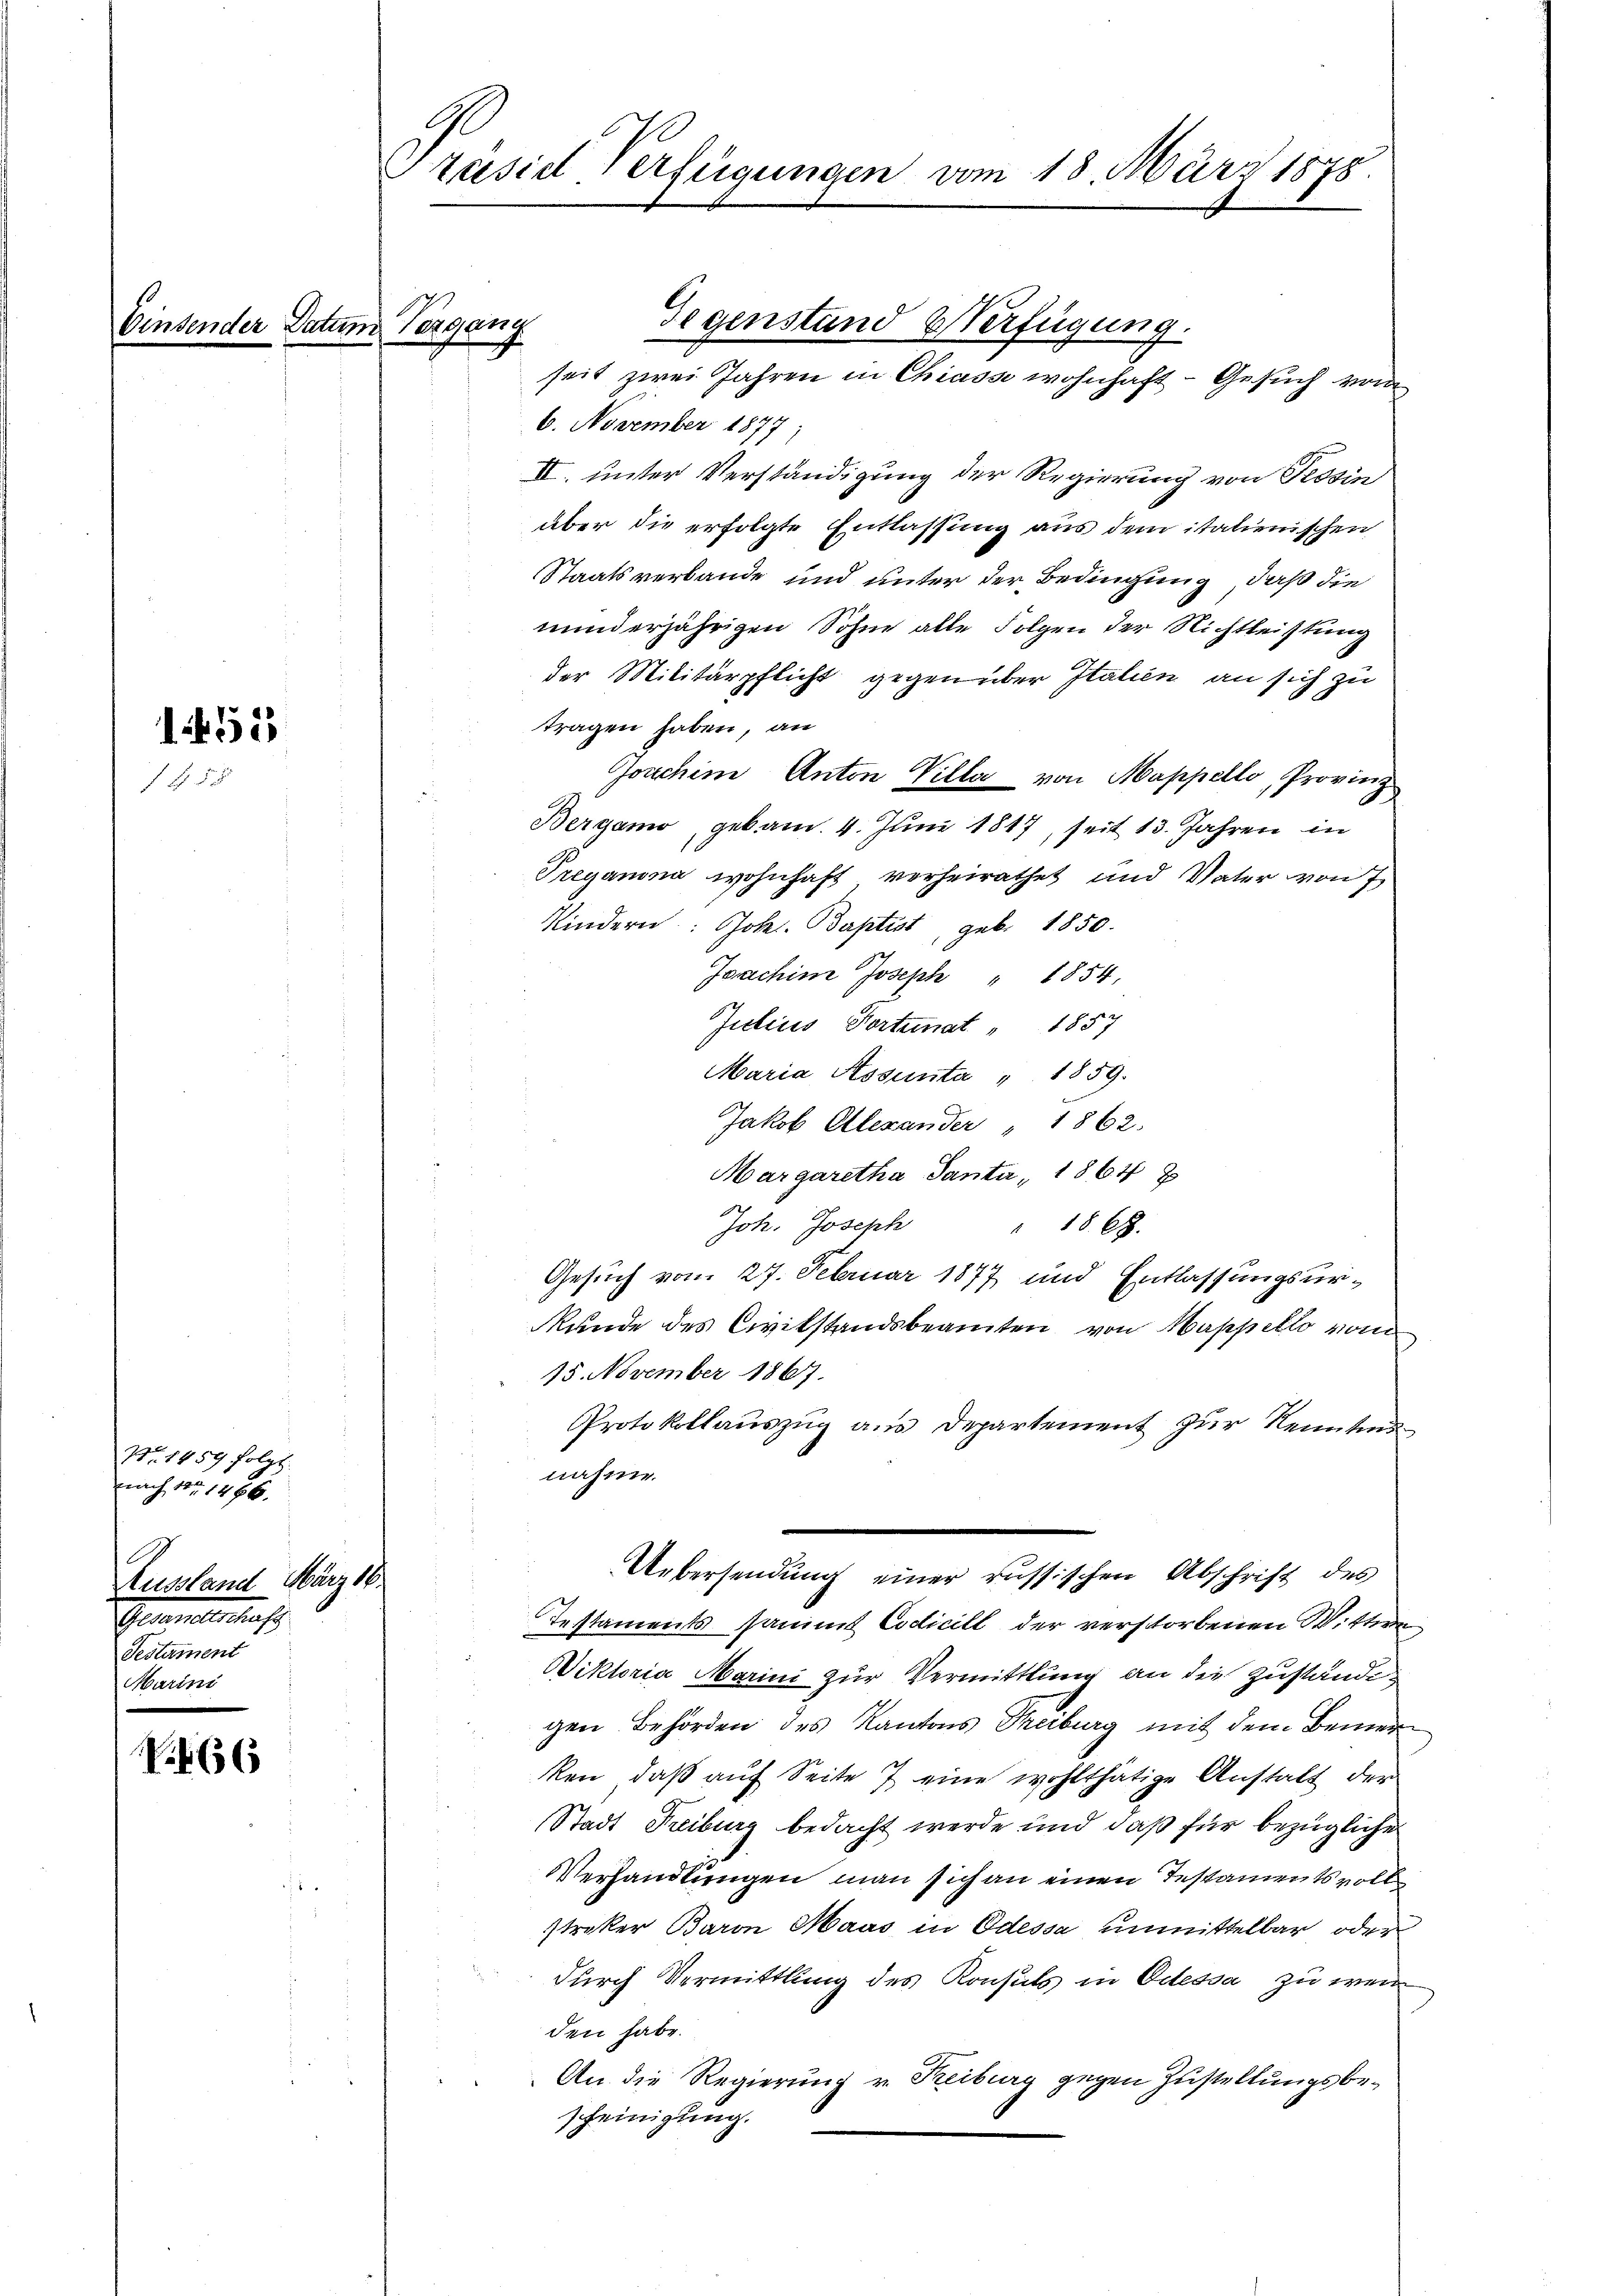
152
1458

.466

Nr. 1959 folge
nach No 1466.

A
Aussland März 18
Generalschaf
Testament

Präsid. Verfügungen vom 18. März 1878.

Vergang
Gegenstand Verfügung.
seit zwei Jahren in Chiasse wohnhaft - Gesuch vom

6. November 1877;
II. unter Verständigung der Regierung von Tessin
über die erfolgte Entlassung aus dem italienischen
Staatsverbande und unter der Bedingung, daß die
minderjährigen Sohne alle Folgen der Nichtleistung
der Militärpflicht gegenüber Italien an sich zu
tragen haben, an
Joachine Anton Villa von Mappello, Provinz
Bergamo gekam. 4. Jŭni 1817, seit 13. Jahren in
Preganna wohnhaft verheirathet und Vater von 7
Kindern: Joh. Baptist, geb. 1850.
Joachine Joseph " 1854,
Julius Portimat " 1857
Maria Assenta " 1859.
Jakob Alexander " 1862.
Margaretha Santa, 1864 z
Joh. Joseph " 18. 67.
Gesuch vom 27. Februar 1877 und Entlassungsur¬
Runde des Civilstandsbeamten von Mappello vom
15. November 1867.
Protokollauszug aus Departement zur Nenntnis
nahme.
Uebersendung einer russischen Abschrift des
Testaments sammt Codicill der verstorbenen Wittwe
Wiktoria Marini zur Vermittlung an die Zuständig
gen Behörden des Kantons Treiburg mit dem Bemer
ken, daß auf Seite 7 eine wohlthätige Anstalt der
Stadt Freiburg bedacht werde und daß für bezügliche
Verhandlungen man sich an einen Testamentsvoll
streker Baron Maas in Odessa unmittelbar oder
durch Vermittlung des Konsuls in Odessa zu wei
den habe.
An die Regierung v. Reiburg gegen Zustellungsbescheinigung.